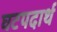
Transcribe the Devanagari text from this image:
घटपदार्थ